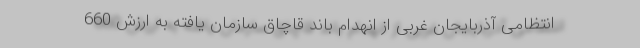
انتظامی آذربایجان غربی از انهدام باند قاچاق سازمان یافته به ارزش 660